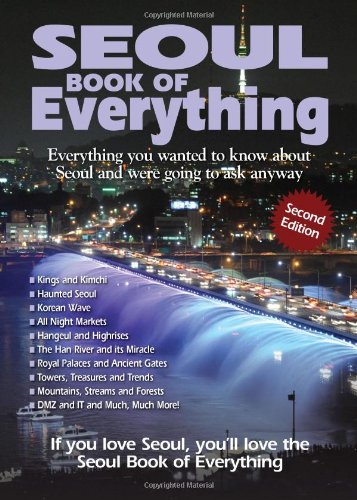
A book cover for Seoul Book of Everything: Everything You Wanted to Know about Seoul and Were Going to Ask Anyway; Travel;